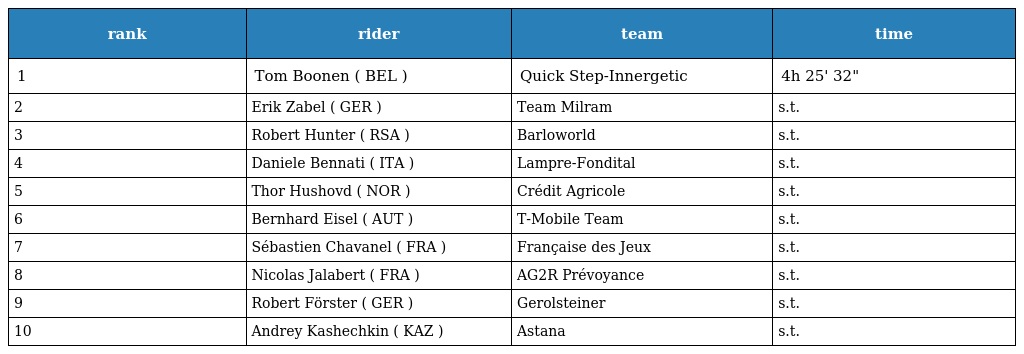
| rank | rider | team | time |
 | --- | --- | --- | --- |
 | 1 | Tom Boonen ( BEL ) | Quick Step-Innergetic | 4h 25' 32" |
 | 2 | Erik Zabel ( GER ) | Team Milram | s.t. |
 | 3 | Robert Hunter ( RSA ) | Barloworld | s.t. |
 | 4 | Daniele Bennati ( ITA ) | Lampre-Fondital | s.t. |
 | 5 | Thor Hushovd ( NOR ) | Crédit Agricole | s.t. |
 | 6 | Bernhard Eisel ( AUT ) | T-Mobile Team | s.t. |
 | 7 | Sébastien Chavanel ( FRA ) | Française des Jeux | s.t. |
 | 8 | Nicolas Jalabert ( FRA ) | AG2R Prévoyance | s.t. |
 | 9 | Robert Förster ( GER ) | Gerolsteiner | s.t. |
 | 10 | Andrey Kashechkin ( KAZ ) | Astana | s.t. |